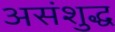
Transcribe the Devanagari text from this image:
असंशुद्ध